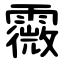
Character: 霺